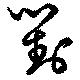
對